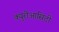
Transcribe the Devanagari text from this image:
क्युरीआसिटी